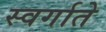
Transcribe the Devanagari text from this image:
स्वर्गाते